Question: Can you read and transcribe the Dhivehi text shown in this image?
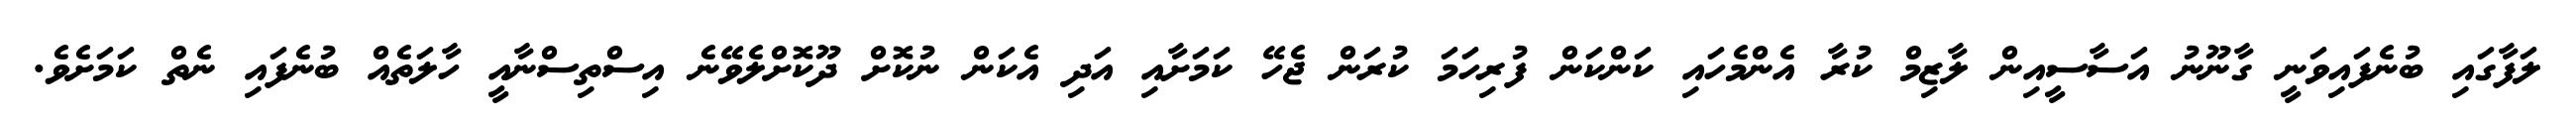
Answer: ލަފާގައި ބުނެފައިވަނީ ގާނޫނު އަސާސީއިން ލާޒިމް ކުރާ އެންމެހައި ކަންކަން ފުރިހަމަ ކުރަން ޖެހޭ ކަމަށާއި އަދި އެކަން ނުކޮށް ދޫކޮށްލެވޭނެ އިސްތިސްނާއީ ހާލަތެއް ބުނެފައި ނެތް ކަމަށެވެ.